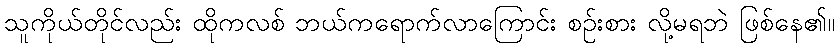
သူကိုယ်တိုင်လည်း ထိုကလစ် ဘယ်ကရောက်လာကြောင်း စဉ်းစား လို့မရဘဲ ဖြစ်နေ၏။